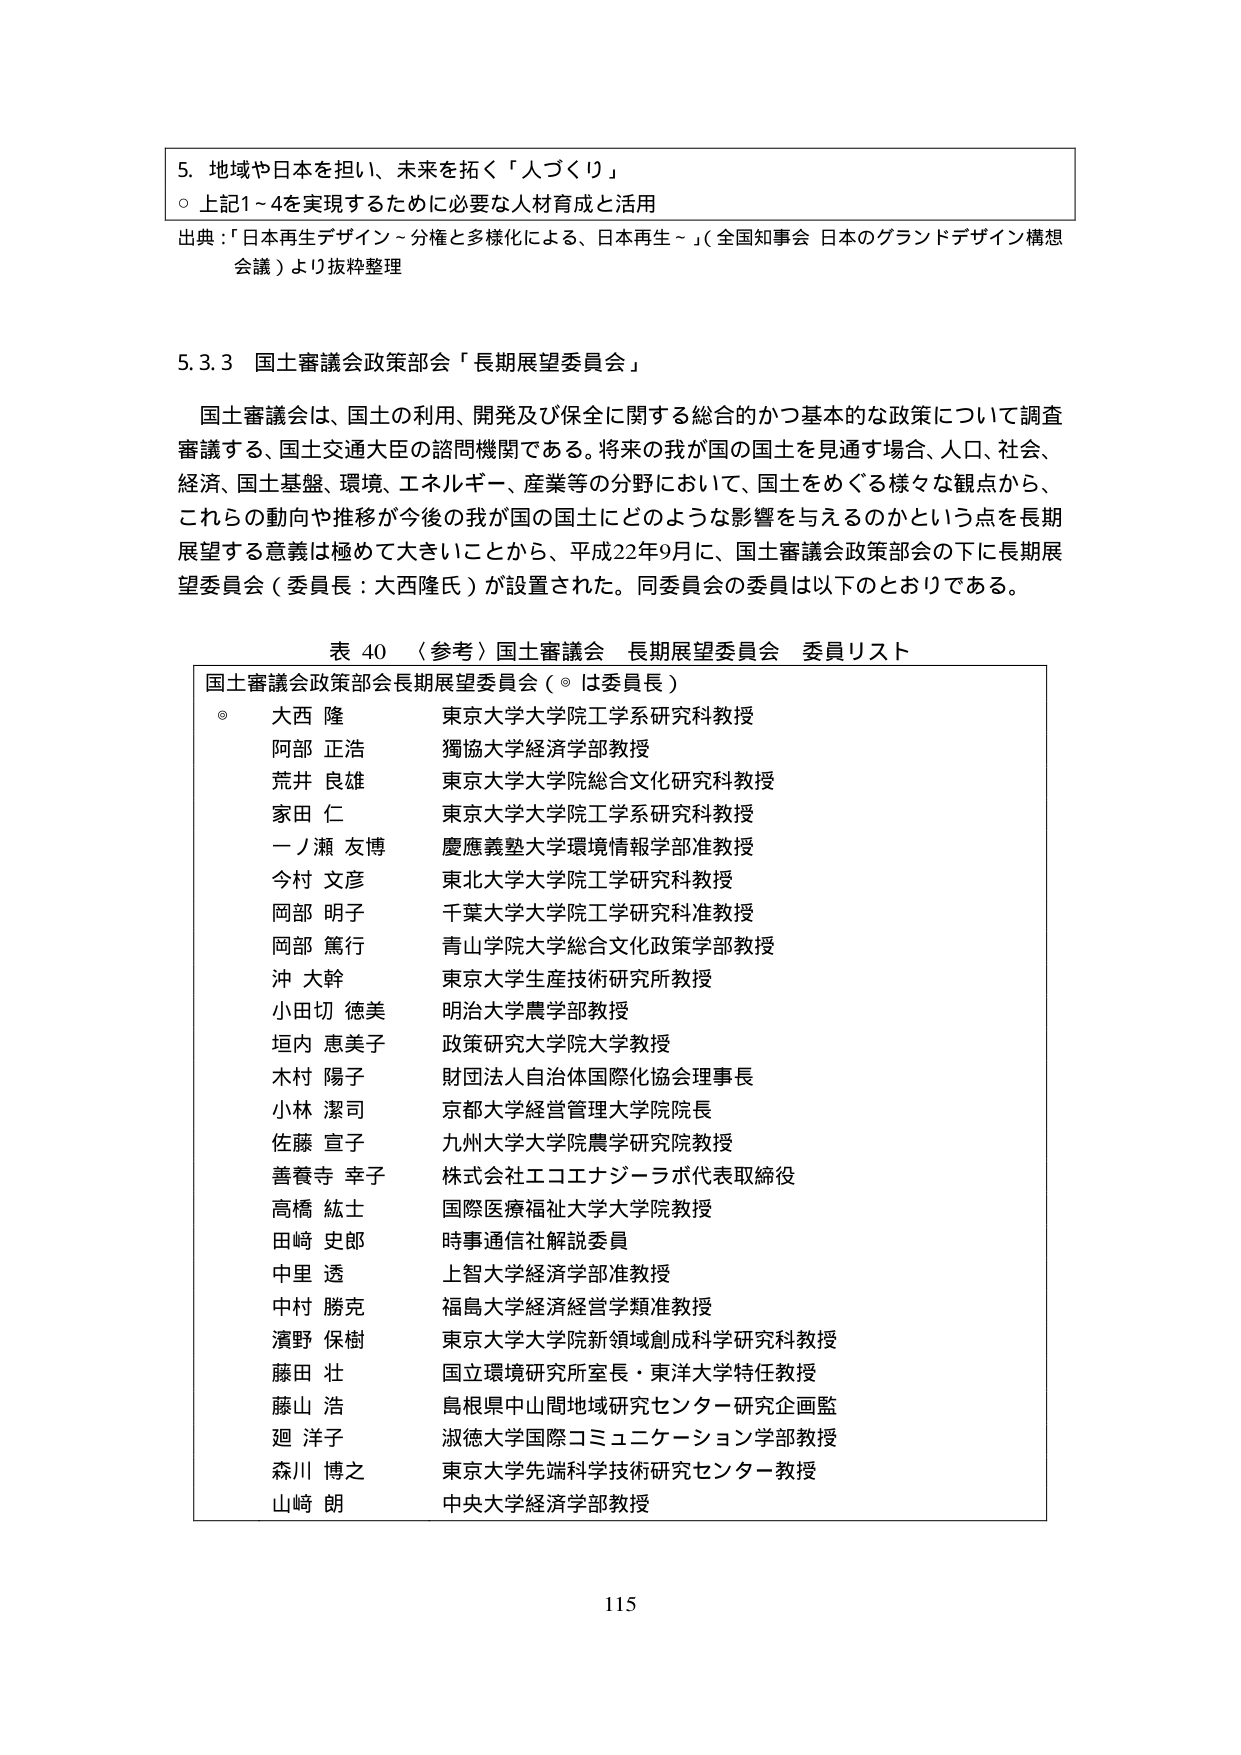
5. 地域や日本を担い、未来を拓く「人づくり」
○ 上記1～4を実現するために必要な人材育成と活用

出典：「日本再生デザイン～分権と多様化による、日本再生～」（全国知事会 日本のグランドデザイン構想会議）より抜粋整理

5.3.3 国土審議会政策部会「長期展望委員会」

国土審議会は、国土の利用、開発及び保全に関する総合的かつ基本的な政策について調査審議する、国土交通大臣の諮問機関である。将来の我が国の国土を見通す場合、人口、社会、経済、国土基盤、環境、エネルギー、産業等の分野において、国土をめぐる様々な観点から、これらの動向や推移が今後の我が国の国土にどのような影響を与えるのかという点を長期展望する意義は極めて大きいことから、平成22年9月に、国土審議会政策部会の下に長期展望委員会（委員長：大西隆氏）が設置された。同委員会の委員は以下のとおりである。

表 40 〈参考〉国土審議会 長期展望委員会 委員リスト

国土審議会政策部会長期展望委員会（◎は委員長）
◎ 大西 隆 東京大学大学院工学系研究科教授
阿部 正浩 獨協大学経済学部教授
荒井 良雄 東京大学大学院総合文化研究科教授
家田 仁 東京大学大学院工学系研究科教授
一ノ瀬 友博 慶應義塾大学環境情報学部准教授
今村 文彦 東北大学大学院工学研究科教授
岡部 明子 千葉大学大学院工学研究科准教授
岡部 篤行 青山学院大学総合文化政策学部教授
沖 大幹 東京大学生産技術研究所教授
小田切 徳美 明治大学農学部教授
垣内 恵美子 政策研究大学院大学教授
木村 陽子 財団法人自治体国際化協会理事長
小林 潔司 京都大学経営管理大学院院長
佐藤 宣子 九州大学大学院農学研究院教授
善養寺 幸子 株式会社エコエナジーラボ代表取締役
高橋 紘士 国際医療福祉大学大学院教授
田崎 史郎 時事通信社解説委員
中里 透 上智大学経済学部准教授
中村 勝克 福島大学経済経営学類准教授
濱野 保樹 東京大学大学院新領域創成科学研究科教授
藤田 壮 国立環境研究所室長・東洋大学特任教授
藤山 浩 島根県中山間地域研究センター研究企画監
廻 洋子 淑徳大学国際コミュニケーション学部教授
森川 博之 東京大学先端科学技術研究センター教授
山崎 朗 中央大学経済学部教授

115